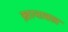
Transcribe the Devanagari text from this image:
ख़ानाबल